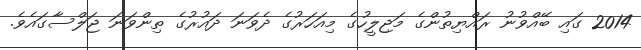
2014 ގައި ބޭއްވުނު ރައްޔިތުންގެ މަޖިލީހުގެ މިއަހަރުގެ ދެވަނަ ދައުރުގެ ތިންވަނަ ޖަލްސާގައެވެ.